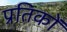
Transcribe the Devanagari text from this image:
प्रतिकों